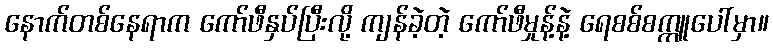
နောက်တစ်နေရာက ကော်ဖီနှပ်ပြီးလို့ ကျန်ခဲ့တဲ့ ကော်ဖီမှုန့်နဲ့ ရေစစ်စက္ကူပေါ်မှာ။